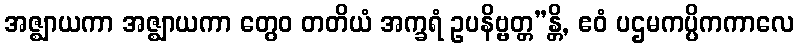
အဇ္ဈာယကာ အဇ္ဈာယကာ တွေဝ တတိယံ အက္ခရံ ဥပနိဗ္ဗတ္တ”န္တိ, ဧဝံ ပဌမကပ္ပိကကာလေ